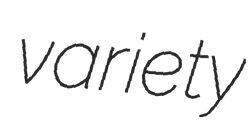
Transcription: variety